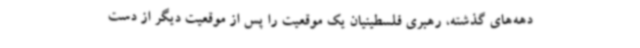
دهه‌های گذشته، رهبری فلسطینیان یک موقعیت را پس از موقعیت دیگر از دست